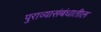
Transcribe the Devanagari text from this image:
पुराव्यासंबंधातील